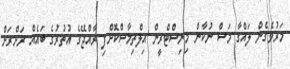
މަރުވެގެން ލައްގާ މަސް ނުކާން މިނިސްޓްރީން އިލްތިމާސްކޮށްފި ރާއްޖޭގެ އުތުރުގެ ބައެއް ރަށްރަށް